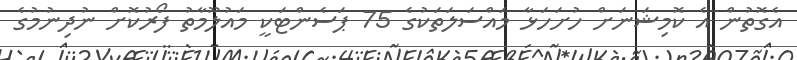
އެގޮތުން އެ ކޮމިޝަނަށް ހުށަހަޅާ މައްސަލަތަކުގެ 75 ޕަަސެންޓަކީ މައުލޫމާތު ފޯރުކޮށް ނުދިނުމުގެ